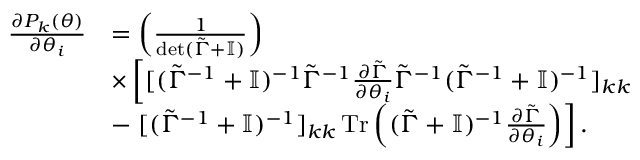
\begin{array} { r l } { \frac { \partial P _ { k } ( \boldsymbol { \theta } ) } { \partial \theta _ { i } } } & { = \left( \frac { 1 } { \det ( \tilde { \Gamma } + \mathbb { I } ) } \right) } \\ & { \times \left[ { [ ( \tilde { \Gamma } ^ { - 1 } + \mathbb { I } ) ^ { - 1 } \tilde { \Gamma } ^ { - 1 } \frac { \partial \tilde { \Gamma } } { \partial \theta _ { i } } \tilde { \Gamma } ^ { - 1 } ( \tilde { \Gamma } ^ { - 1 } + \mathbb { I } ) ^ { - 1 } ] _ { k k } } \right. } \\ & { - \left. [ ( \tilde { \Gamma } ^ { - 1 } + \mathbb { I } ) ^ { - 1 } ] _ { k k } \operatorname { T r } \left( ( \tilde { \Gamma } + \mathbb { I } ) ^ { - 1 } \frac { \partial \tilde { \Gamma } } { \partial \theta _ { i } } \right) \right] . } \end{array}